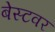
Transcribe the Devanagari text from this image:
बेस्टवर